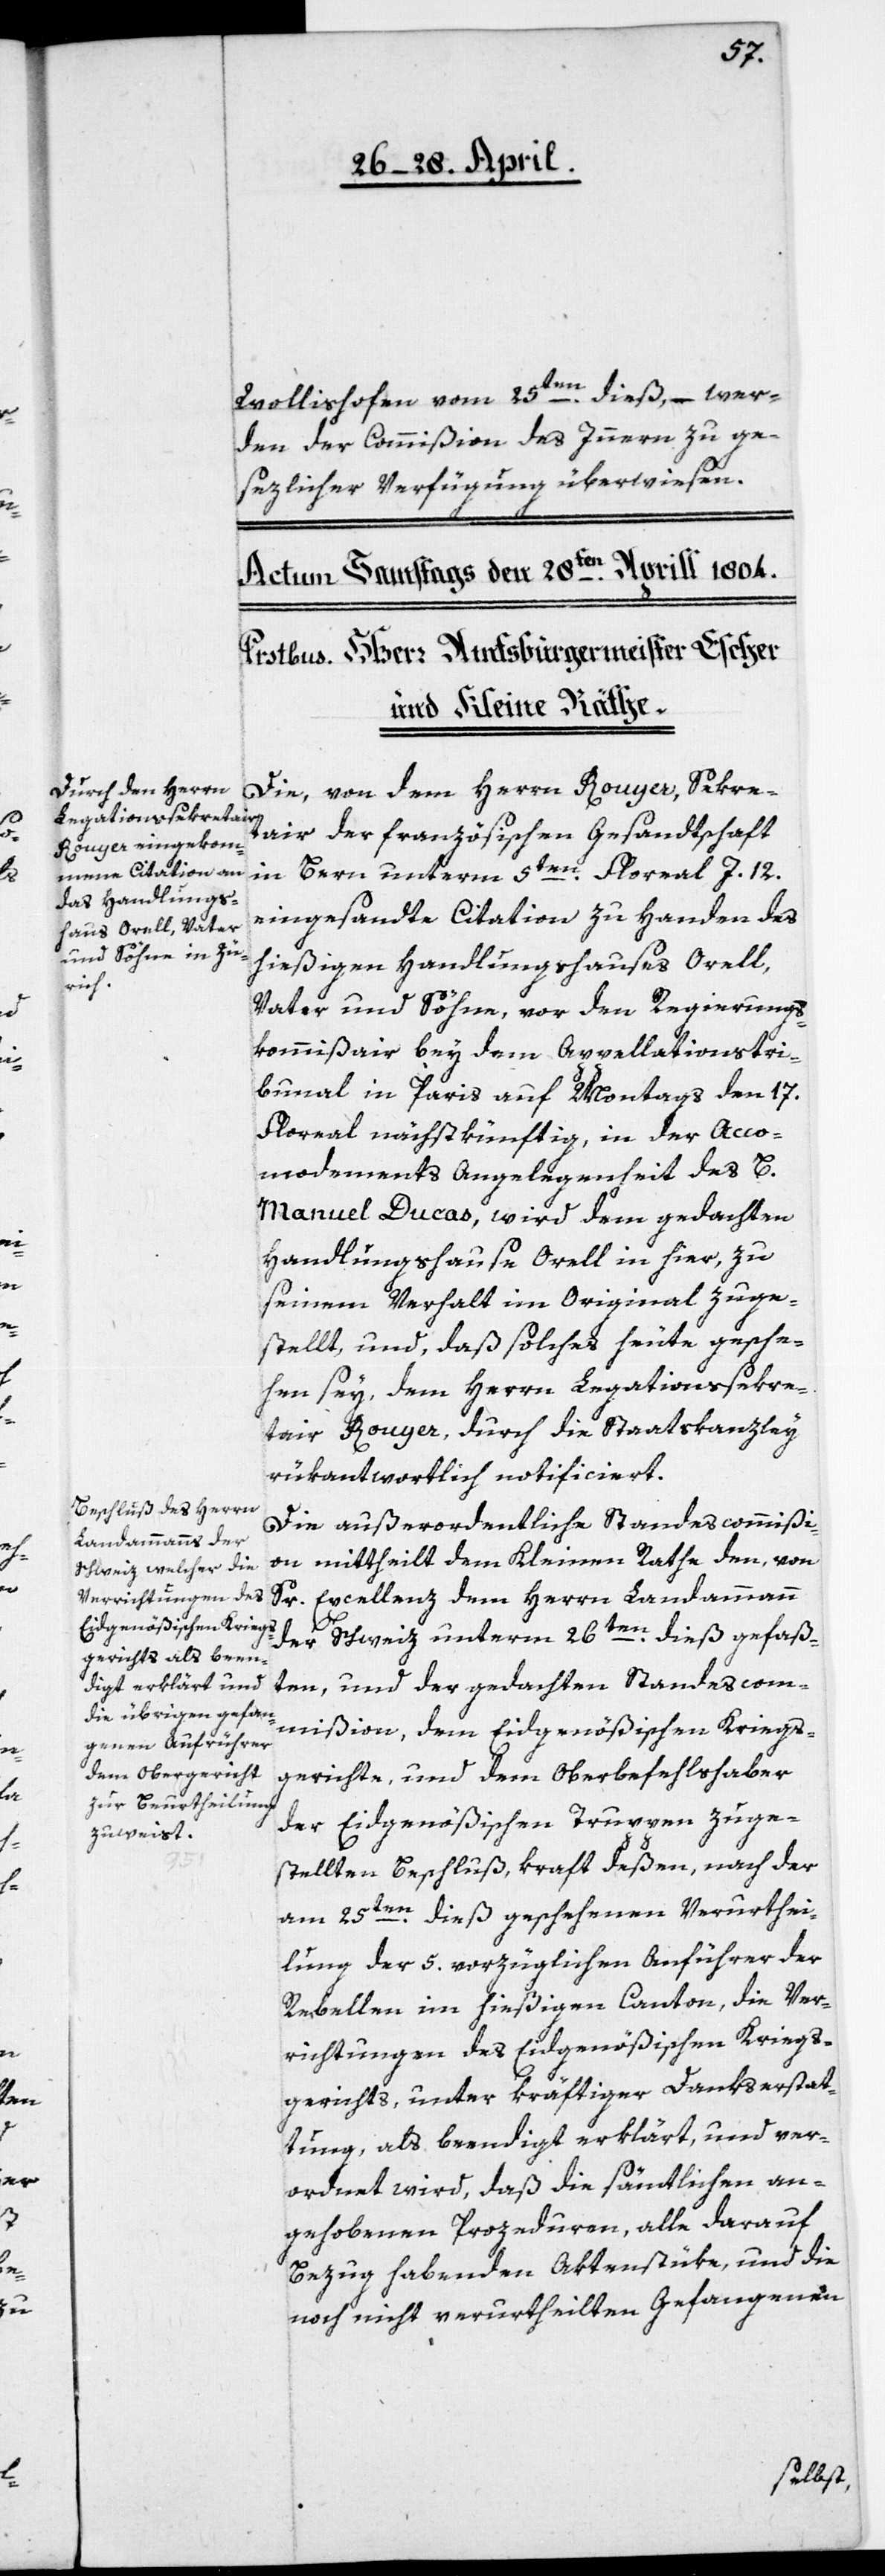
Wollishofen vom 25te dieß, – wer¬
den der Commißion des Innern zu ge¬
sezlicher Verfügung überwiesen.
Die, von dem Herrn Rouyer, Sekre¬
tair der französischen Gesandtschaft
in Bern, unterm 5ten Floreal J. 12.
eingesandte Citation zu Handen des
hießigen Handlungshauses Orell,
Vater und Söhne, vor den Regierungs¬
kommißair bey dem Appellationstri¬
bunal in Paris auf Montags den 17.
Floreal nächstkünftig, in der Acco¬
modements Angelegenheit des B.
Manuel Ducas, wird dem gedachten
Handlungshause Orell in hier, zu
seinem Verhalt im Original zuge¬
stellt, und, daß solches heute gesche¬
hen sey, dem Herrn Legationssekre¬
tair Rouyer, durch die Staatskanzley
rükantwortlich notificiert.
Die außerordentliche Standescommißi¬
on mittheilt dem Kleinen Rathe den, von
Sr. Excellenz dem Herrn Landammann
der Schweiz unterm 26ten dieß gefaß¬
ten, und der gedachten Standescom¬
mißion, dem Eidgenößischen Kriegs¬
gerichte, und dem Oberbefehlshaber
der Eidgenößischen Truppen zuge¬
stellten Beschluß, kraft deßen, nach der
am 25ten dieß geschehenen Verurthei¬
lung der 5. vorzüglichen Anführer der
Rebellen im hießigen Canton, die Ver¬
richtungen des Eidgenößischen Kriegs¬
gerichts, unter kräftiger Dankerstat¬
tung, als beendigt erklärt, und ver¬
ordnet wird, daß die sämtlichen an¬
gehobenen Prozeduren, alle darauf
Bezug habenden Aktenstüke, und die
noch nicht verurtheilten Gefangenen